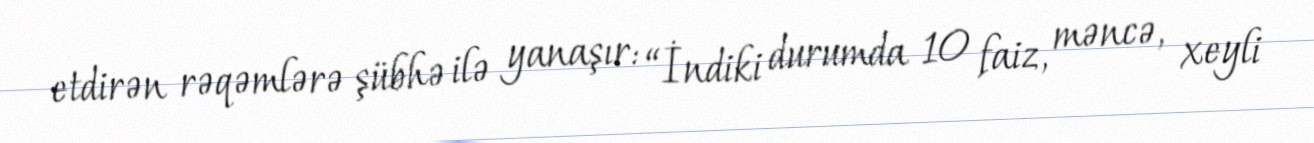
etdirən rəqəmlərə şübhə ilə yanaşır: “İndiki durumda 10 faiz, məncə, xeyli